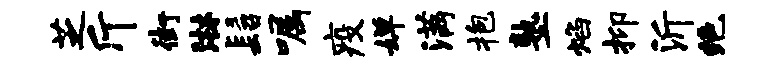
芝斤街淋髫嘱疫婵满抱塾焰抑沂绝